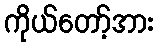
ကိုယ်တော့်အား